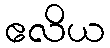
ဧလိယ